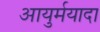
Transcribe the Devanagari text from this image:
आयुर्मयादा